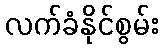
လက်ခံနိုင်စွမ်း